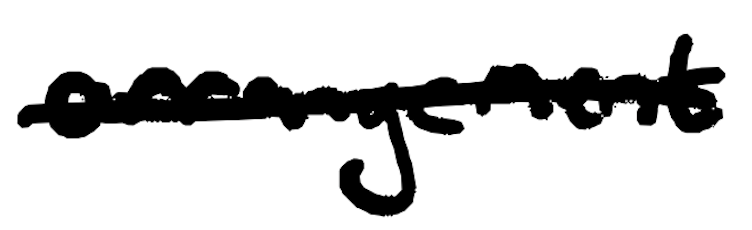
Text: arrangement
Cross-out: single-line
Writing tool: digital_black